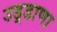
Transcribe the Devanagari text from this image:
उड़्डाणा